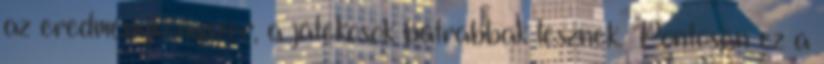
az eredménykényszer, a játékosok bátrabbak lesznek. Pontosan ez a